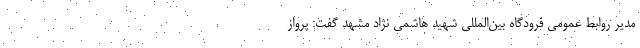
مدیر روابط عمومی فرودگاه بین‌المللی شهید هاشمی نژاد مشهد گفت: پرواز